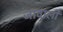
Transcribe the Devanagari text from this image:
जावाली